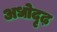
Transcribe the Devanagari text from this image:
अधोदृढ़